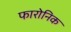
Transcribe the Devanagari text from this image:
फारोनिक